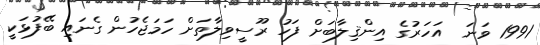
1991 ވަނަ  އަހަރުގެ އިންޤިލާބަށް ފަހު ރޫސީވިލާތަށް ހަމަޖެހުން ގެނައި ބޭފުޅަކީ